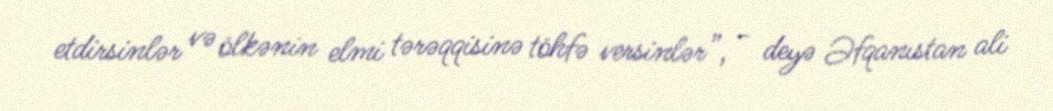
etdirsinlər və ölkənin elmi tərəqqisinə töhfə versinlər”, - deyə Əfqanıstan ali